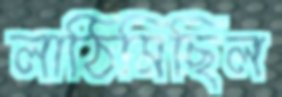
লাঠিমিছিল